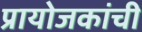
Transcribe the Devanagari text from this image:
प्रायोजकांची